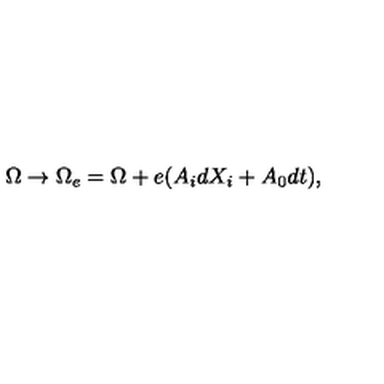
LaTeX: \Omega \to \Omega _ { e } = \Omega + e ( A _ { i } d X _ { i } + A _ { 0 } d t ) ,